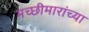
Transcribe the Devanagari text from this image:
मच्छीमारांच्या